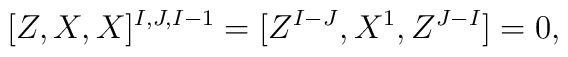
[Z,X,X]^{I,J,I-1} = [Z^{I-J},X^1,Z^{J-I}] =0,